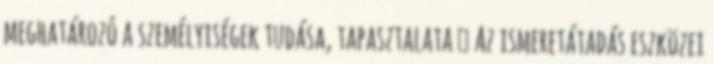
meghatározó a személyiségek tudása, tapasztalata  Az ismeretátadás eszközei